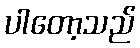
ပါတော့သည်